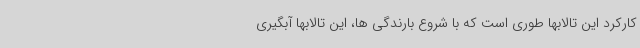
کارکرد این تالابها طوری است که با شروع بارندگی ها، این تالابها آبگیری